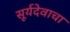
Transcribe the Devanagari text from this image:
सूर्यदेवाचा